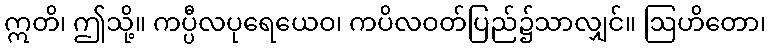
ဣတိ၊ ဤသို့။ ကပ္ပီလပုရေယေဝ၊ ကပိလဝတ်ပြည်၌သာလျှင်။ ဩဟိတော၊